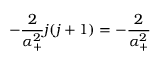
- \frac 2 { \alpha _ { + } ^ { 2 } } j ( j + 1 ) = - \frac 2 { \alpha _ { + } ^ { 2 } }